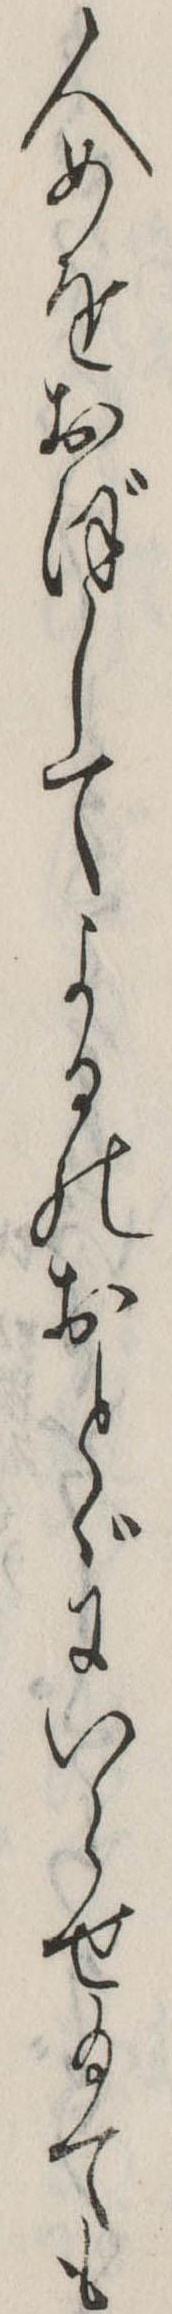
人めをおぼしてよるのおとゞにいらせ給ても